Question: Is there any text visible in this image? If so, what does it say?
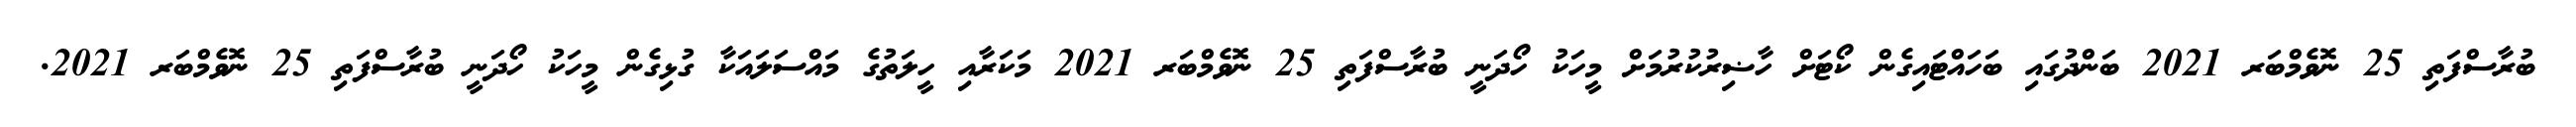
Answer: ބުރާސްފަތި 25 ނޮވެމްބަރ 2021 ބަންދުގައި ބަހައްޓައިގެން ކޯޓަށް ހާޟިރުކުރުމަށް މީހަކު ހޯދަނީ ބުރާސްފަތި 25 ނޮވެމްބަރ 2021 މަކަރާއި ހީލަތުގެ މައްސަލައަކާ ގުޅިގެން މީހަކު ހޯދަނީ ބުރާސްފަތި 25 ނޮވެމްބަރ 2021.